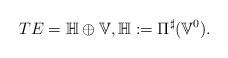
LaTeX: \begin{align*}TE=\mathbb{H}\oplus\mathbb{V},\mathbb{H}:=\Pi^{\sharp}(\mathbb{V}^{0}).\end{align*}